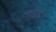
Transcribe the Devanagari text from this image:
तारांद्वारे